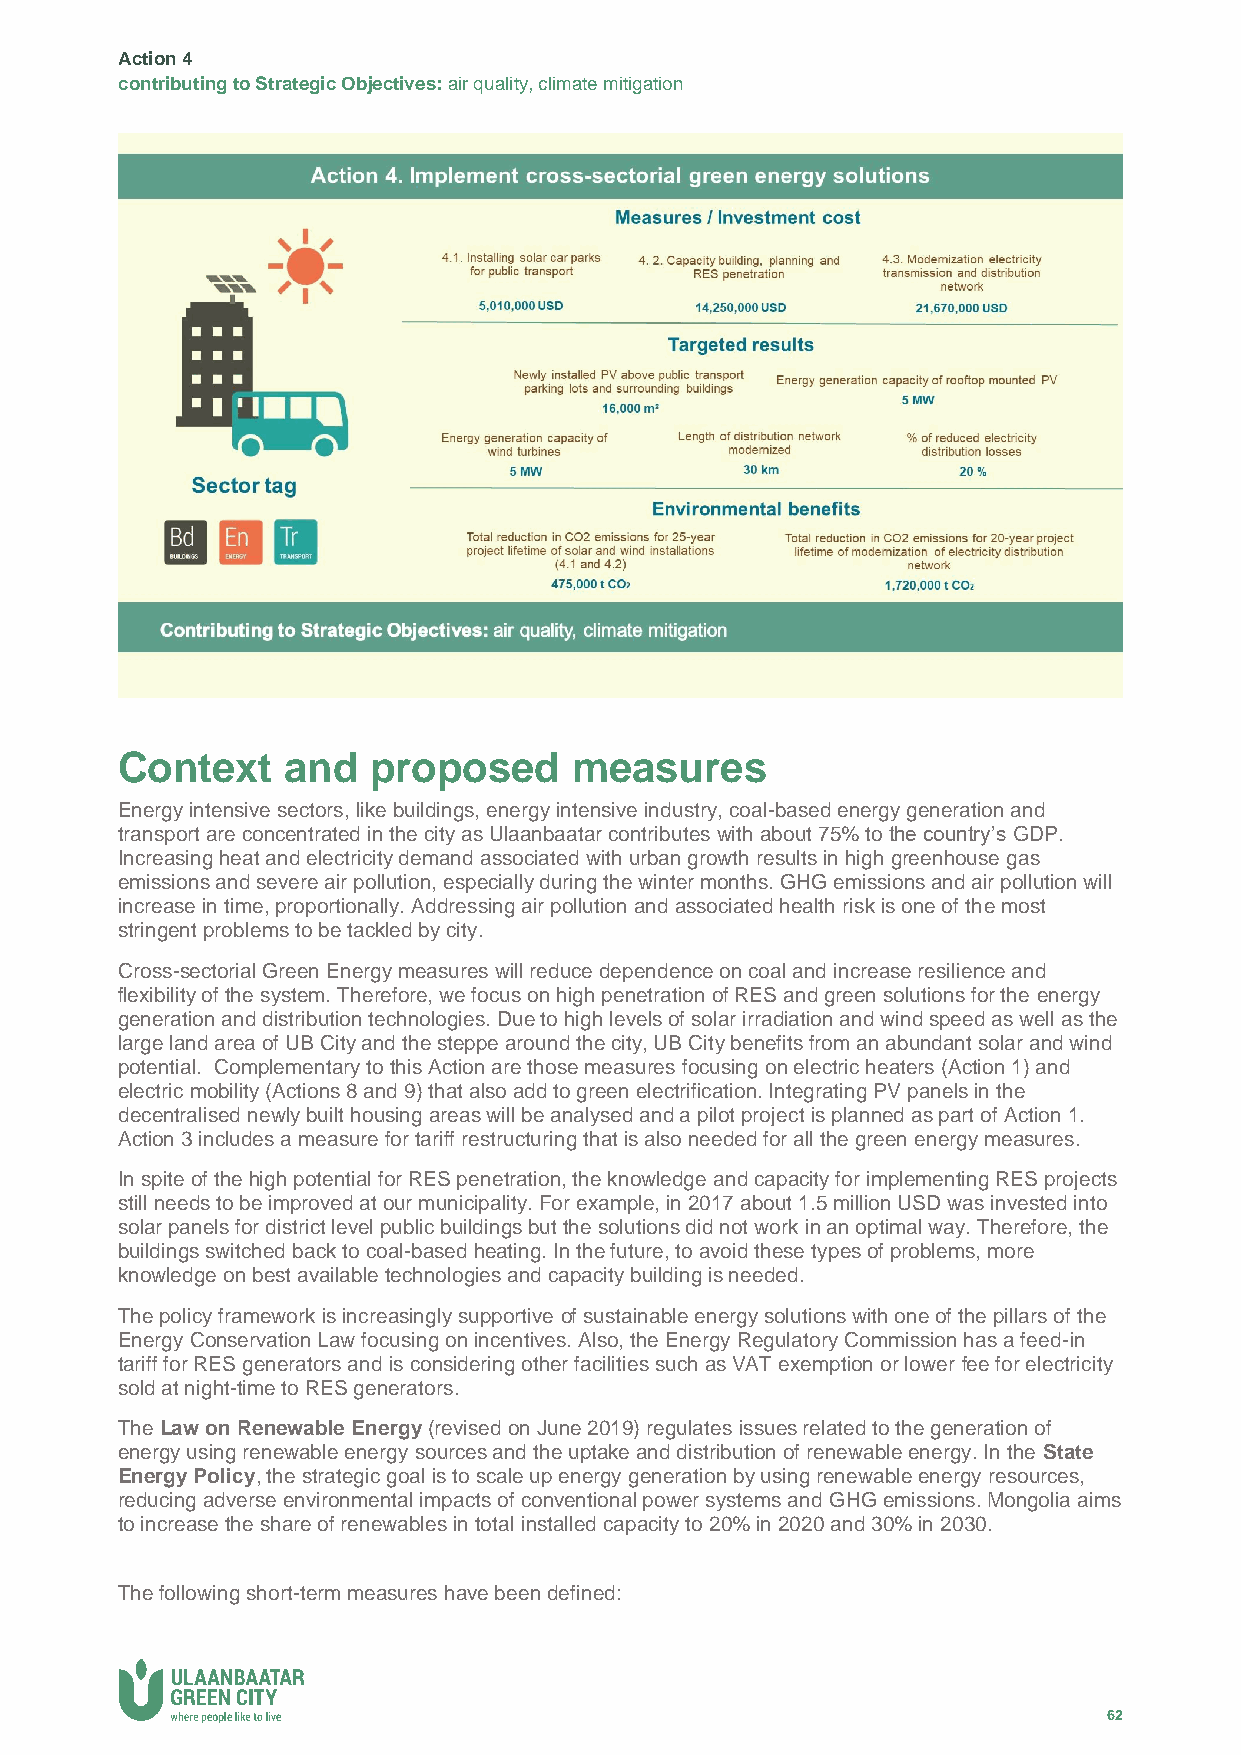
Action 4
 contributing to Strategic Objectives: air quality, climate mitigation
 Context    and   proposed     measures
 Energy intensive sectors, like buildings, energy intensive industry, coal-based energy generation and
 transport are concentrated in the city as Ulaanbaatar contributes with about 75% to the country’s GDP.
 Increasing heat and electricity demand associated with urban growth results in high greenhouse gas
 emissions and severe air pollution, especially during the winter months. GHG emissions and air pollution will
 increase in time, proportionally. Addressing air pollution and associated health risk is one of the most
 stringent problems to be tackled by city.
 Cross-sectorial Green Energy measures will reduce dependence on coal and increase resilience and
 flexibility of the system. Therefore, we focus on high penetration of RES and green solutions for the energy
 generation and distribution technologies. Due to high levels of solar irradiation and wind speed as well as the
 large land area of UB City and the steppe around the city, UB City benefits from an abundant solar and wind
 potential. Complementary to this Action are those measures focusing on electric heaters (Action 1) and
 electric mobility (Actions 8 and 9) that also add to green electrification. Integrating PV panels in the
 decentralised newly built housing areas will be analysed and a pilot project is planned as part of Action 1.
 Action 3 includes a measure for tariff restructuring that is also needed for all the green energy measures.
 In spite of the high potential for RES penetration, the knowledge and capacity for implementing RES projects
 still needs to be improved at our municipality. For example, in 2017 about 1.5 million USD was invested into
 solar panels for district level public buildings but the solutions did not work in an optimal way. Therefore, the
 buildings switched back to coal-based heating. In the future, to avoid these types of problems, more
 knowledge on best available technologies and capacity building is needed.
 The policy framework is increasingly supportive of sustainable energy solutions with one of the pillars of the
 Energy Conservation Law focusing on incentives. Also, the Energy Regulatory Commission has a feed-in
 tariff for RES generators and is considering other facilities such as VAT exemption or lower fee for electricity
 sold at night-time to RES generators.
 The Law on Renewable Energy (revised on June 2019) regulates issues related to the generation of
 energy using renewable energy sources and the uptake and distribution of renewable energy. In the State
 Energy Policy, the strategic goal is to scale up energy generation by using renewable energy resources,
 reducing adverse environmental impacts of conventional power systems and GHG emissions. Mongolia aims
 to increase the share of renewables in total installed capacity to 20% in 2020 and 30% in 2030.
 The following short-term measures have been defined:
 62